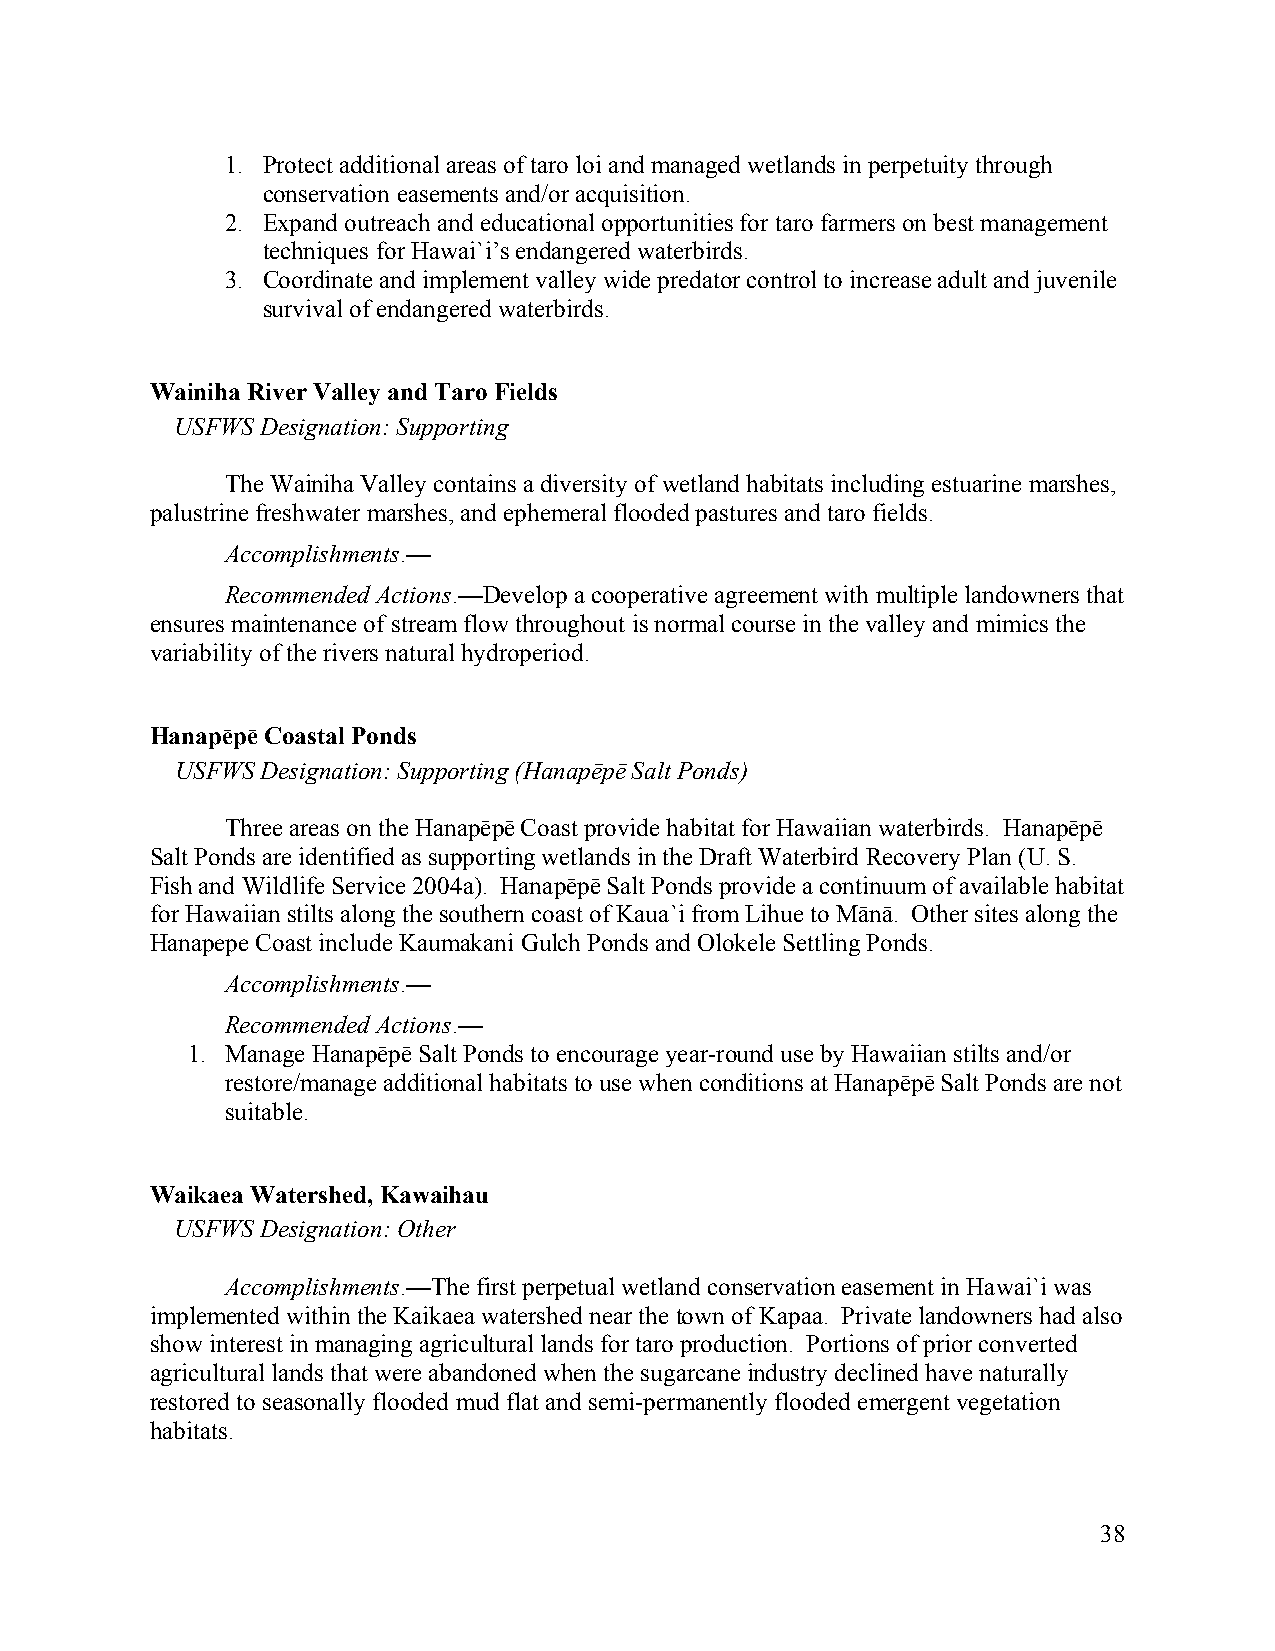
1. Protect additional areas of taro loi and managed wetlands in perpetuity through
 conservation easements and/or acquisition.
 2. Expand outreach and educational opportunities for taro farmers on best management
 techniques for Hawai`i’s endangered waterbirds.
 3. Coordinate and implement valley wide predator control to increase adult and juvenile
 survival of endangered waterbirds.
 Wainiha River Valley and Taro Fields
 USFWS Designation: Supporting
 The Wainiha Valley contains a diversity of wetland habitats including estuarine marshes,
 palustrine freshwater marshes, and ephemeral flooded pastures and taro fields.
 Accomplishments.—
 Recommended Actions.—Develop a cooperative agreement with multiple landowners that
 ensures maintenance of stream flow throughout is normal course in the valley and mimics the
 variability of the rivers natural hydroperiod.
 Hanapēpē Coastal Ponds
 USFWS Designation: Supporting (Hanapēpē Salt Ponds)
 Three areas on the Hanapēpē Coast provide habitat for Hawaiian waterbirds. Hanapēpē
 Salt Ponds are identified as supporting wetlands in the Draft Waterbird Recovery Plan (U. S.
 Fish and Wildlife Service 2004a). Hanapēpē Salt Ponds provide a continuum of available habitat
 for Hawaiian stilts along the southern coast of Kaua`i from Lihue to Mānā. Other sites along the
 Hanapepe Coast include Kaumakani Gulch Ponds and Olokele Settling Ponds.
 Accomplishments.—
 Recommended Actions.—
 1. Manage Hanapēpē Salt Ponds to encourage year-round use by Hawaiian stilts and/or
 restore/manage additional habitats to use when conditions at Hanapēpē Salt Ponds are not
 suitable.
 Waikaea Watershed, Kawaihau
 USFWS Designation: Other
 Accomplishments.—The first perpetual wetland conservation easement in Hawai`i was
 implemented within the Kaikaea watershed near the town of Kapaa. Private landowners had also
 show interest in managing agricultural lands for taro production. Portions of prior converted
 agricultural lands that were abandoned when the sugarcane industry declined have naturally
 restored to seasonally flooded mud flat and semi-permanently flooded emergent vegetation
 habitats.
 38